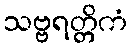
သဗ္ဗရတ္တိကံ